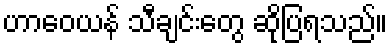
ဟာဝေယန် သီချင်းတွေ ဆိုပြရသည်။